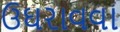
ઉઘરાવવા